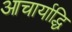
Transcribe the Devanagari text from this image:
आचार्याद्धि